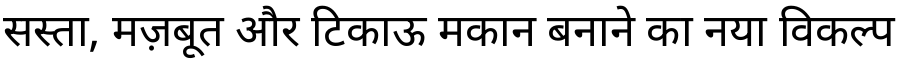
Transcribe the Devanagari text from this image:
सस्ता, मज़बूत और टिकाऊ मकान बनाने का नया विकल्प